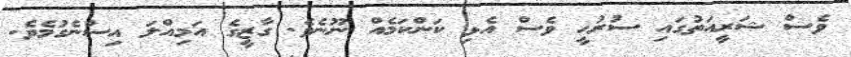
ވެސް ޝަރީއަތުގައި ސުރުހީ ވެސް އެޅި ކަންކަމެއް ނޫނެވެ. ގާޒީގެ އަމިއްލަ އިސްނެގުމެވެ.